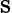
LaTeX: \textrm{s}